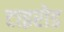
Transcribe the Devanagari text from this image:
टाइरोड